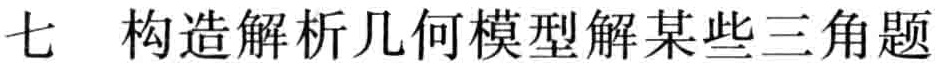
七 构造解析几何模型解某些三角题